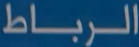
الرباط